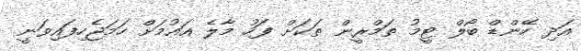
އަދި ހޭންޑް ބޯލް ޓީމު ތަމްރީން ތަކަށް ފަހު މާލެ އައުމަށް ހަމަޖެހިފައިވަނީ